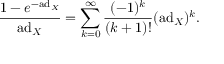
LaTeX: { \frac { 1 - e ^ { - \mathrm { a d } _ { X } } } { \mathrm { a d } _ { X } } } = \sum _ { k = 0 } ^ { \infty } { \frac { ( - 1 ) ^ { k } } { ( k + 1 ) ! } } ( \mathrm { a d } _ { X } ) ^ { k } .